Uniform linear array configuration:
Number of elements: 12
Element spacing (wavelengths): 0.75
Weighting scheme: blackman
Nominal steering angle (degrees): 60
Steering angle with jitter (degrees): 60.017
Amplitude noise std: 0.05
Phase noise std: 0.05

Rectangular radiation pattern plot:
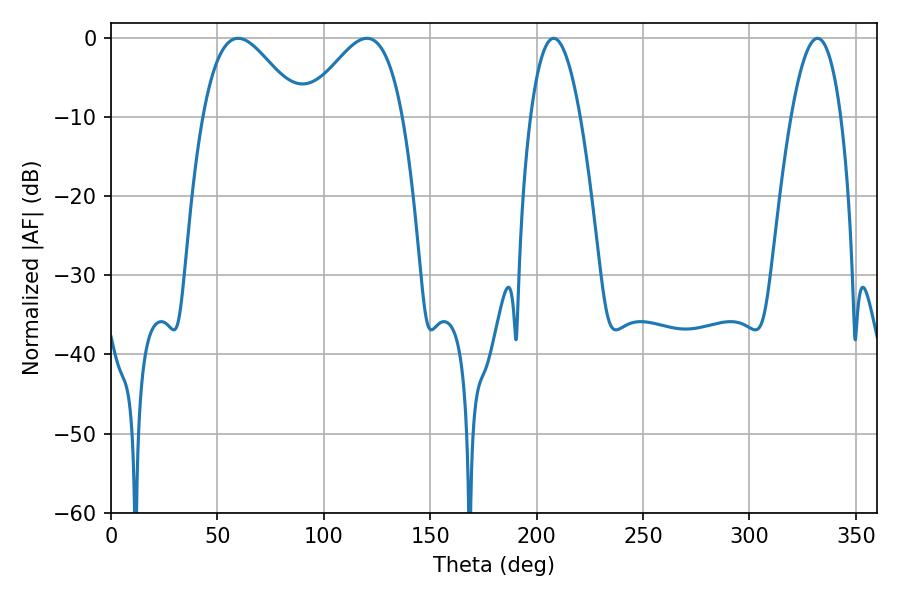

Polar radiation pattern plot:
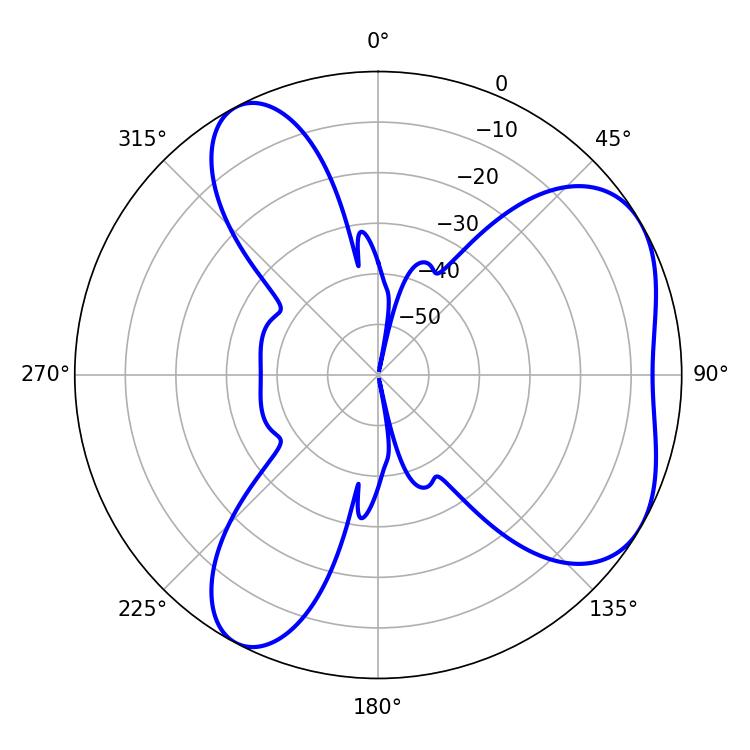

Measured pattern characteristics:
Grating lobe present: TRUE
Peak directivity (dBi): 5.175
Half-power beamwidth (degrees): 24.48
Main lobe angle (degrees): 120.24